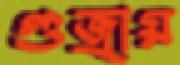
গুজ্‌রায়